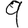
Digit: 9